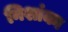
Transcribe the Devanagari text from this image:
निशांका